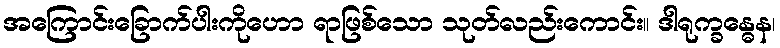
အကြောင်းခြောက်ပါးကိုဟော ရာဖြစ်သော သုတ်လည်းကောင်း။ ဒါရုက္ခန္ဓေန၊